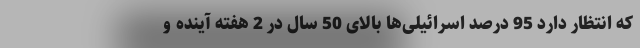
که انتظار دارد 95 درصد اسرائیلی‌ها بالای 50 سال در 2 هفته آینده و